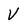
Character: V